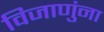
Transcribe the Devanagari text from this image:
विजाणुंना